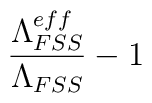
\frac{\Lambda _{FSS} ^{eff}}{\Lambda _{FSS}} - 1